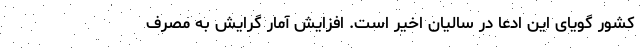
کشور گویای این ادعا در سالیان اخیر است. افزایش آمار گرایش به مصرف